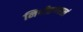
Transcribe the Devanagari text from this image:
निपीतगरलं